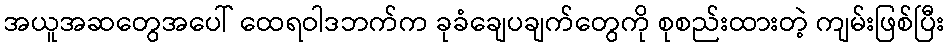
အယူအဆတွေအပေါ် ထေရဝါဒဘက်က ခုခံချေပချက်တွေကို စုစည်းထားတဲ့ ကျမ်းဖြစ်ပြီး